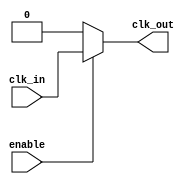
module clock_buffer (
    input  wire clk_in,      // Single-ended clock input
    output wire clk_out,     // Buffered single-ended clock output
    input  wire enable       // Optional enable input for gating
);

// Internal signal to hold the buffered clock
wire clk_buf;

// Buffering logic
assign clk_out = enable ? clk_buf : 1'b0; // Gated output when not enabled

// Simple clock buffer implementation using assignments
// This can be replaced with more complex logic for better signal integrity
assign clk_buf = clk_in;

endmodule